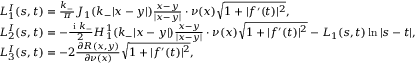
\begin{array} { r l } & { L _ { 1 } ^ { I } ( s , t ) = \frac { k _ { - } } { \pi } J _ { 1 } ( k _ { - } | x - y | ) \frac { x - y } { | x - y | } \cdot { \nu } ( x ) \sqrt { 1 + | f ^ { \prime } ( t ) | ^ { 2 } } , } \\ & { L _ { 2 } ^ { I } ( s , t ) = - \frac { \textrm { i } k _ { - } } { 2 } H _ { 1 } ^ { 1 } ( k _ { - } | x - y | ) \frac { x - y } { | x - y | } \cdot { \nu } ( x ) \sqrt { 1 + | f ^ { \prime } ( t ) | ^ { 2 } } - L _ { 1 } ( s , t ) \ln | s - t | , } \\ & { L _ { 3 } ^ { I } ( s , t ) = - 2 \frac { \partial R ( x , y ) } { \partial \nu ( x ) } \sqrt { 1 + | f ^ { \prime } ( t ) | ^ { 2 } } , } \end{array}